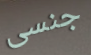
جنسى